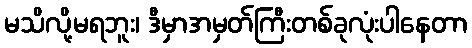
မသိလို့မရဘူး၊ ဒီမှာအမှတ်ကြီးတစ်ခုလုံးပါနေတာ